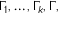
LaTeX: \, \Gamma _ { 1 } , \dots , \Gamma _ { k } , \Gamma ,